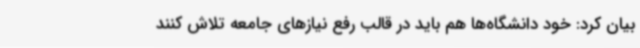
بیان کرد: خود دانشگاه‌ها هم باید در قالب رفع نیازهای جامعه تلاش کنند